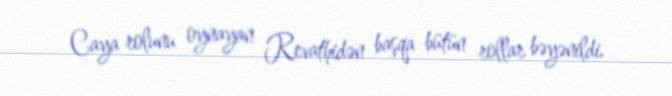
Caya rolunu oynayan Revathidən başqa bütün rollar bəyənildi.